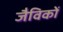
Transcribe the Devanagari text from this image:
जैविकों